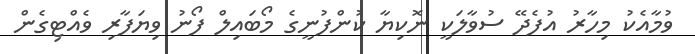
ވުމާއެކު މިހާރު އުފެދޭ ސުވާލަކީ ނޮކިޔާ ކުންފުނީގެ މޯބައިލް ފޯނު ވިޔަފާރި ވެއްޓިގެން